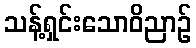
သန့်ရှင်းသောဝိညာဉ်